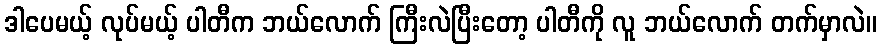
ဒါပေမယ့် လုပ်မယ့် ပါတီက ဘယ်လောက် ကြီးလဲပြီးတော့ ပါတီကို လူ ဘယ်လောက် တက်မှာလဲ။